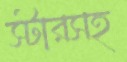
স্টারসহ